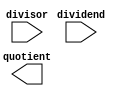
module Fractional_Divider(
    input [15:0] dividend,
    input [15:0] divisor,
    output reg [15:0] quotient
);

reg [15:0] dividend_scaled;
reg [15:0] divisor_scaled;
wire [31:0] product;

// Scale dividend and divisor by 2^16 for fixed-point representation
always @(*) begin
    dividend_scaled = dividend << 16;
    divisor_scaled = divisor << 16;
end

// Perform fixed-point division operation
assign product = dividend_scaled / divisor_scaled;

// Round the result to nearest integer
always @* begin
    if (product[15] == 1 && product[14:0] != 16'h0000) begin
        quotient = product[31:16] + 16'h0001;
    end else begin
        quotient = product[31:16];
    end
end

endmodule